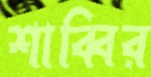
শাব্বির